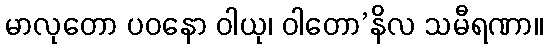
မာလုတော ပဝနော ဝါယု၊ ဝါတော’နိလ သမီရဏာ။